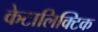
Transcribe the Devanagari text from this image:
केटालिक्टिक